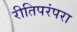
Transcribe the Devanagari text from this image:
रीतिपरंपरा